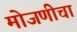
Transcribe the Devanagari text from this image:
मोजणीचा